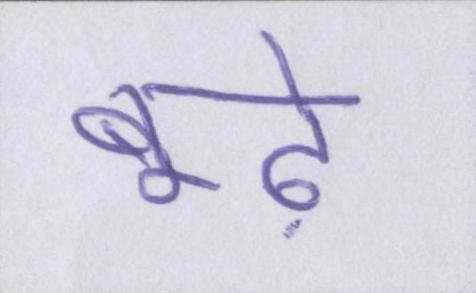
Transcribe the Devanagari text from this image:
बूढ़े